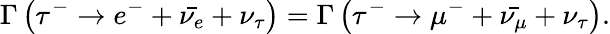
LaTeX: \Gamma\left(\tau^{-}\rightarrow e^{-}+{\bar{\nu_{e}}}+\nu_{\tau}\right)=\Gamma\left(\tau^{-}\rightarrow\mu^{-}+{\bar{\nu_{\mu}}}+\nu_{\tau}\right).